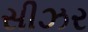
સીઝર